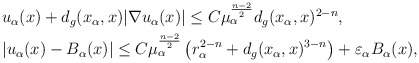
\begin{align*}&u_\alpha(x) +d_g(x_\alpha,x)|\nabla u_\alpha(x)|\leq C\mu_\alpha^{\frac{n-2}{2}} d_g(x_\alpha,x)^{2-n}, \\&|u_\alpha(x)-B_\alpha(x)|\leq C\mu_\alpha^{\frac{n-2}{2}}\left(r_\alpha^{2-n}+d_g(x_\alpha,x)^{3-n} \right)+\varepsilon_\alpha B_\alpha(x),\end{align*}